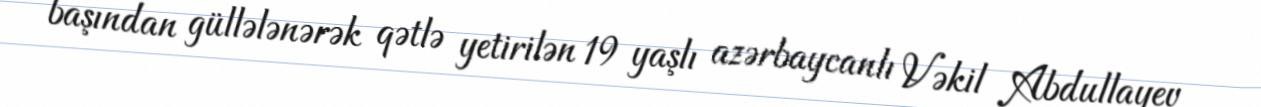
başından güllələnərək qətlə yetirilən 19 yaşlı azərbaycanlı Vəkil Abdullayev